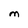
Character: M